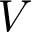
V